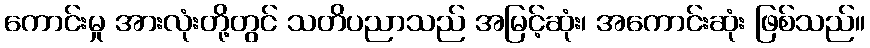
ကောင်းမှု အားလုံးတို့တွင် သတိပညာသည် အမြင့်ဆုံး၊ အကောင်းဆုံး ဖြစ်သည်။